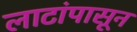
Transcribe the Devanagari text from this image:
लाटांपासून